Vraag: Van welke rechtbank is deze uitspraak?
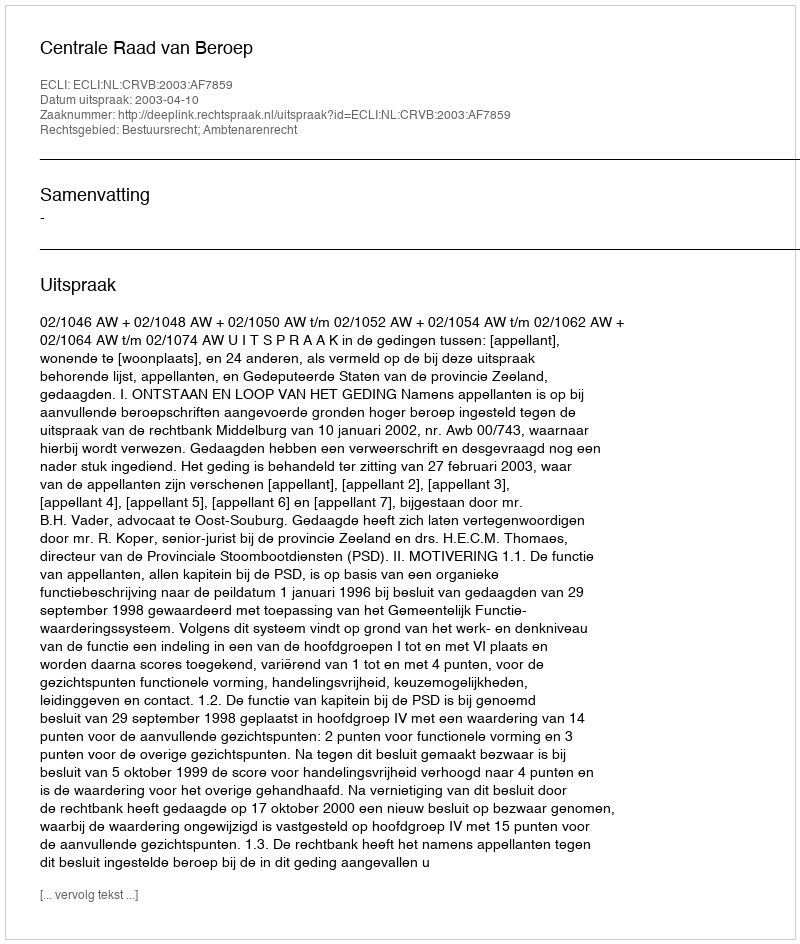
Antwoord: Centrale Raad van Beroep